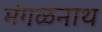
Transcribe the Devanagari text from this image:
मंगळनाथ